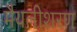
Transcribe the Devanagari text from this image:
मैथलीशरण